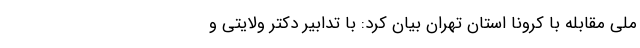
ملی مقابله با کرونا استان تهران بیان کرد: با تدابیر دکتر ولایتی و